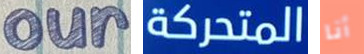
our المتحركة أنا